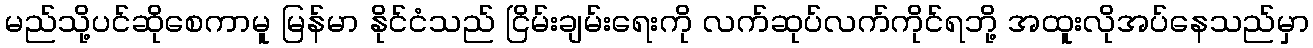
မည်သို့ပင်ဆိုစေကာမူ မြန်မာ နိုင်ငံသည် ငြိမ်းချမ်းရေးကို လက်ဆုပ်လက်ကိုင်ရဘို့ အထူးလိုအပ်နေသည်မှာ